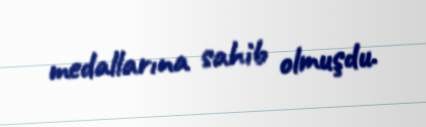
medallarına sahib olmuşdu.